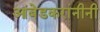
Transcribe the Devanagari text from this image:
आंबेडकरांनीनी